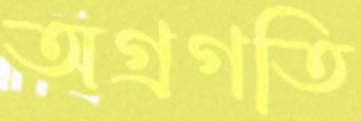
অগ্রগতি